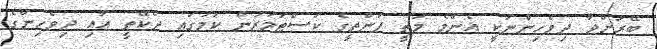
ބޭރަށްދާ ދިވެހިންނަކީ އެންމެ މަތީ ފަންތީގެ ކަސްޓަމަރުން ކަމުގައި ދެކޭތީ އާއި ދިވެހިންގެ